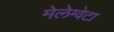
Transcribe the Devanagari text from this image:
मेलेग्वेटा